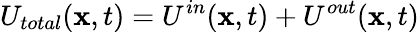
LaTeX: U_{total}(\textbf{x},t)=U^{in}(\textbf{x},t)+U^{out}(\textbf{x},t)